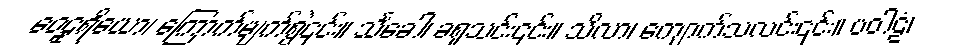
ဝေဠုရိယော၊ ကြောက်မျက်ရွဲ၎င်း။ သင်္ခေါ၊ ခရုသင်း၎င်း။ သိလာ၊ ကျောက်သလင်း၎င်း။ ပဝါဠံ၊